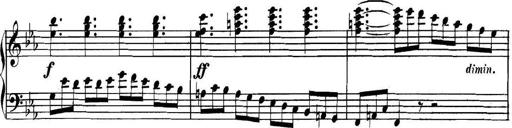
Title: Collected Piano Sonatas
Composer: Muzio Clementi